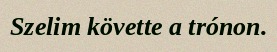
Szelim követte a trónon.